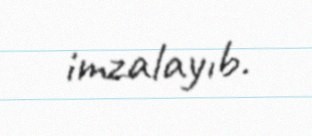
imzalayıb.